Piroplasma canis and its life cycle in the tick - Number 29
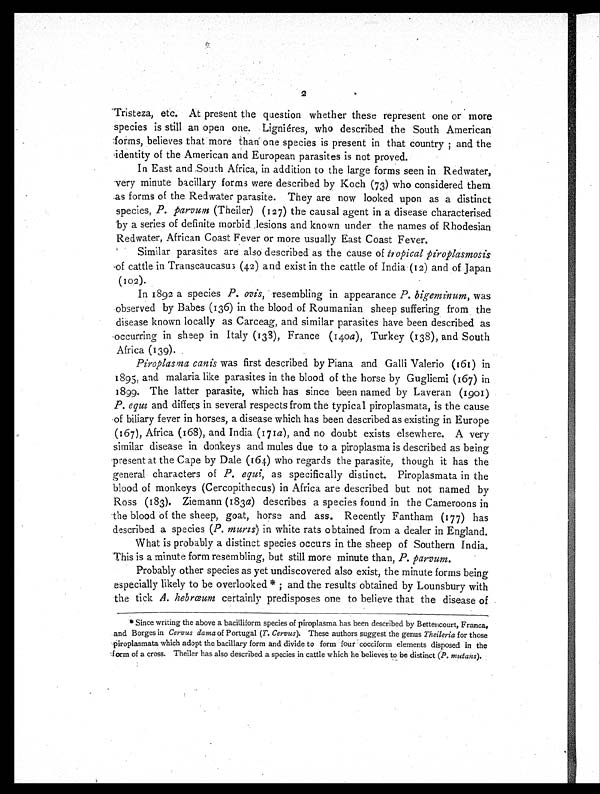
2
Tristeza, etc. At present the question whether these represent one or more
species is still an open one. Ligniéres, who described the South American
forms, believes that more than one species is present in that country ; and the
identity of the American and European parasites is not proved.
In East and South Africa, in addition to the large forms seen in Redwater,
very minute bacillary forms were described by Koch (73) who considered them
as forms of the Redwater parasite. They are now looked upon as a distinct
species, P. parvum (Theiler) (127) the causal agent in a disease characterised
by a series of definite morbid lesions and known under the names of Rhodesian
Redwater, African Coast Fever or more usually East Coast Fever.
Similar parasites are also described as the cause of tropical piroplasmosis
of cattle in Transcaucasus (42) and exist in the cattle of India (12) and of Japan
(102).
In 1892 a species P. ovis, resembling in appearance P. bigeminum, was
observed by Babes (136) in the blood of Roumanian sheep suffering from the
disease known locally as Carceag, and similar parasites have been described as
occurring in sheep in Italy (138), France (140 a), Turkey (138), and South
Africa (139).
Piroplasma canis was first described by Piana and Galli Valerio (161) in
1895, and malaria like parasites in the blood of the horse by Gugliemi (167) in
1899. The latter parasite, which has since been named by Laveran (1901)
P. equi and differs in several respects from the typical piroplasmata, is the cause
of biliary fever in horses, a disease which has been described as existing in Europe
(167), Africa (168), and India (171a), and no doubt exists elsewhere. A very
similar disease in donkeys and mules due to a piroplasma is described as being
present at the Cape by Dale (164) who regards the parasite, though it has the
general characters of P. equi, as specifically distinct. Piroplasmata in the
blood of monkeys (Cercopithecus) in Africa are described but not named by
Ross (183). Ziemann (183 a) describes a species found in the Cameroons in
the blood of the sheep, goat, horse and ass. Recently Fantham (177) has
described a species (P. muris ) in white rats obtained from a dealer in England.
What is probably a distinct species occurs in the sheep of Southern India.
This is a minute form resembling, but still more minute than, P. parvum.
Probably other species as yet undiscovered also exist, the minute forms being
especially likely to be overlooked * ; and the results obtained by Lounsbury with
the tick A. hebrœum certainly predisposes one to believe that the disease of
* Since writing the above a bacilliform species of piroplasma has been described by Betteitcourt, Franca,
and Borges in Cervus dama of Portugal (T. Cervus). These authors suggest the genus Theileria for those
piroplasmata which adopt the bacillary form and divide to form four cocciform elements disposed in the
form of a cross. Theiler has also described a species in cattle which he believes to be distinct ( P. mutans).